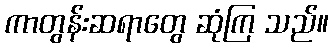
ကာတွန်းဆရာတွေ ဆုံကြ သည်။